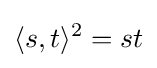
\langle s,t\rangle ^{2}=st